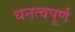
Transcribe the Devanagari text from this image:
धनत्वपूर्ण